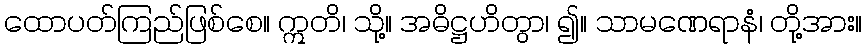
ထောပတ်ကြည်ဖြစ်စေ။ ဣတိ၊ သို့။ အဓိဋ္ဌဟိတွာ၊ ၍။ သာမဏေရာနံ၊ တို့အား။